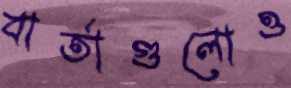
বার্তাগুলোও